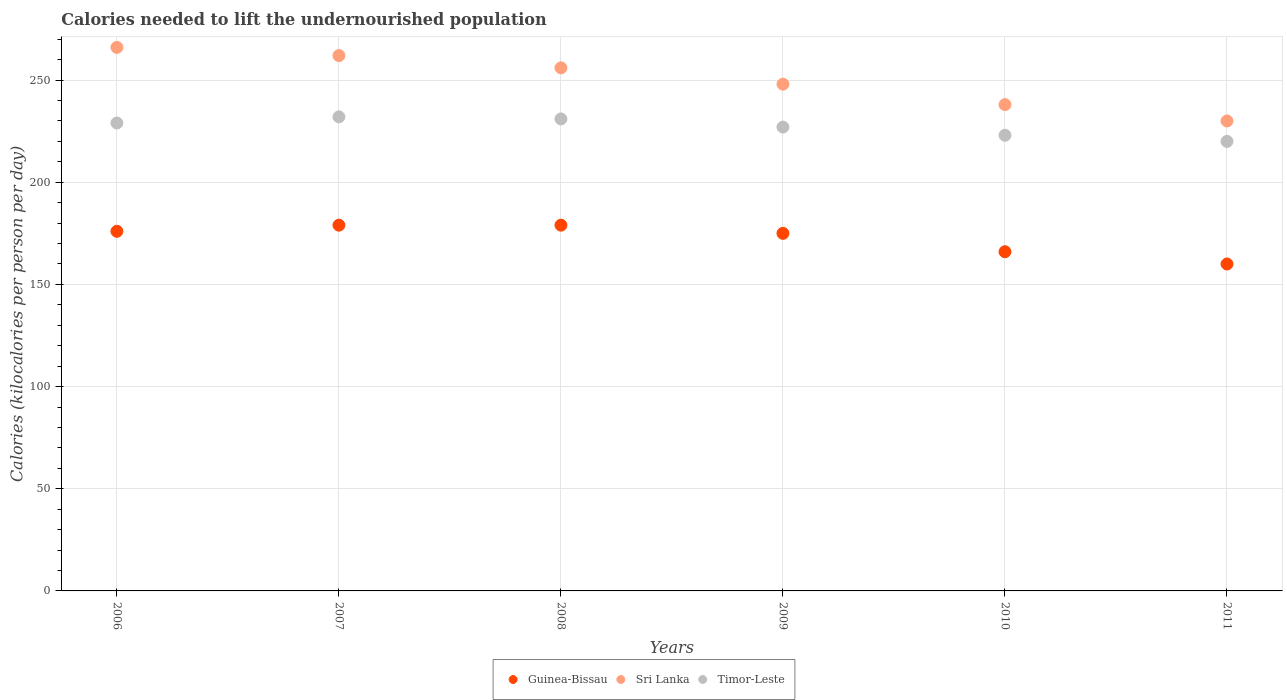
| Years | Guinea-Bissau | Sri Lanka | Timor-Leste |
 | --- | --- | --- | --- |
 | 2006 | 176 | 266 | 229 |
 | 2007 | 179 | 262 | 232 |
 | 2008 | 179 | 256 | 231 |
 | 2009 | 175 | 248 | 227 |
 | 2010 | 166 | 238 | 223 |
 | 2011 | 160 | 230 | 220 |